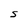
Character: S